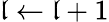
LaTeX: \mathfrak{l}\leftarrow\mathfrak{l}+1